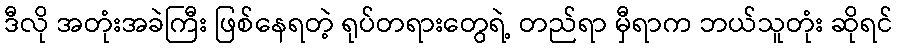
ဒီလို အတုံးအခဲကြီး ဖြစ်နေရတဲ့ ရုပ်တရားတွေရဲ့ တည်ရာ မှီရာက ဘယ်သူတုံး ဆိုရင်